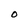
Character: O